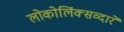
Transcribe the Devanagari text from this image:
लोकोलिंक्सव्दारे